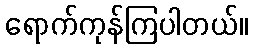
ရောက်ကုန်ကြပါတယ်။